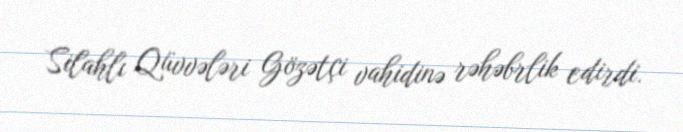
Silahlı Qüvvələri Gözətçi vahidinə rəhəbrlik edirdi.